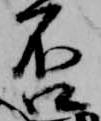
否